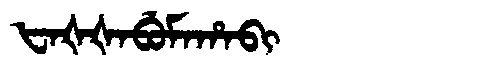
Manchu: ᡶᠠᡧᡧᠠᠪᡠᠮᠠᡥᠠᠪᡳ
Romanization: FAŠŠABUMAHABI